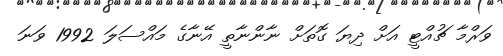
ވަރްމާ ޗުއްޓީ އަށް ދިޔަ ގޮތަށް ނާންނާތީ އޭނާގެ މައްސަލަ 1992 ވަނަ